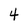
Character: 4